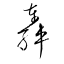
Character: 轟